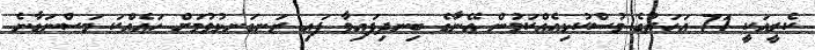
ކެރީއަކީ 71 އަހަރުގެ މުސްކުޅިއެއްކަމުން އޭނާގެ ބިނދިފައިވާ ފައި ރަނގަނޅުވުމަށް ހައެއްކަ މަސްނަގާނެ